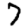
Digit: 7